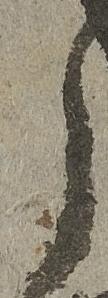
之